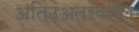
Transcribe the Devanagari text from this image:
अतिउअतरवरिल